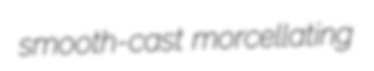
smooth-cast morcellating